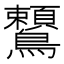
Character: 𪈈